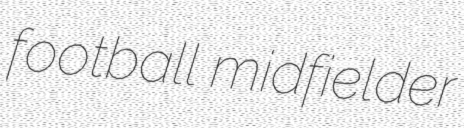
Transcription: football midfielder